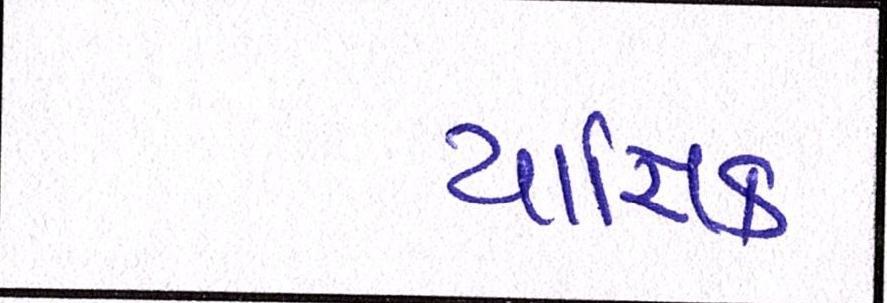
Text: યાજ્ઞિક